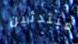
مبتدئين